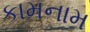
કામનામ